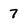
Character: 7